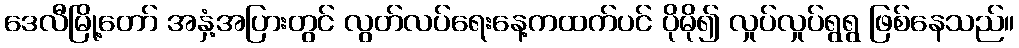
ဒေလီမြို့တော် အနှံ့အပြားတွင် လွတ်လပ်ရေးနေ့ကထက်ပင် ပိုမို၍ လှုပ်လှုပ်ရွရွ ဖြစ်နေသည်။